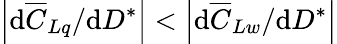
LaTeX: \left|\mathrm{d}\overline{{{C}}}_{Lq}/\mathrm{d}D^{*}\right|<\left|\mathrm{d}\overline{{{C}}}_{Lw}/\mathrm{d}D^{*}\right|